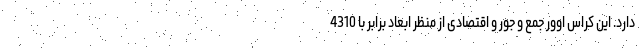
دارد. این کراس اوور جمع و جور و اقتصادی از منظر ابعاد برابر با 4310